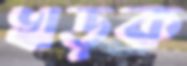
খড়ক